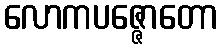
လောကပဇ္ဇောတော